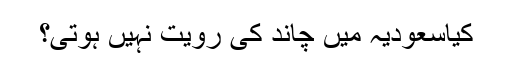
کیاسعودیہ میں چاند کی رویت نہیں ہوتی؟